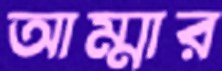
আম্মার